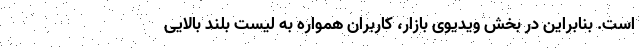
است. بنابراین در بخش ویدیوی بازار، کاربران همواره به لیست بلند بالایی